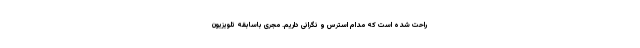
راحت شده است که مدام استرس و نگرانی داریم. مجری باسابقه تلویزیون